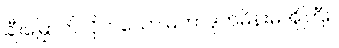
ချီးမြှောက်လိုက်သော မဟာဒုတ်မိန်းမအိုကြီး။